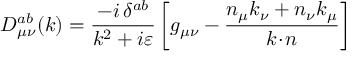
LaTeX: D _ { \mu \nu } ^ { a b } ( k ) = \frac { - i \, \delta ^ { a b } } { k ^ { 2 } + i \varepsilon } \left[ g _ { \mu \nu } - \frac { n _ { \mu } k _ { \nu } + n _ { \nu } k _ { \mu } } { k \! \cdot \! n } \right]